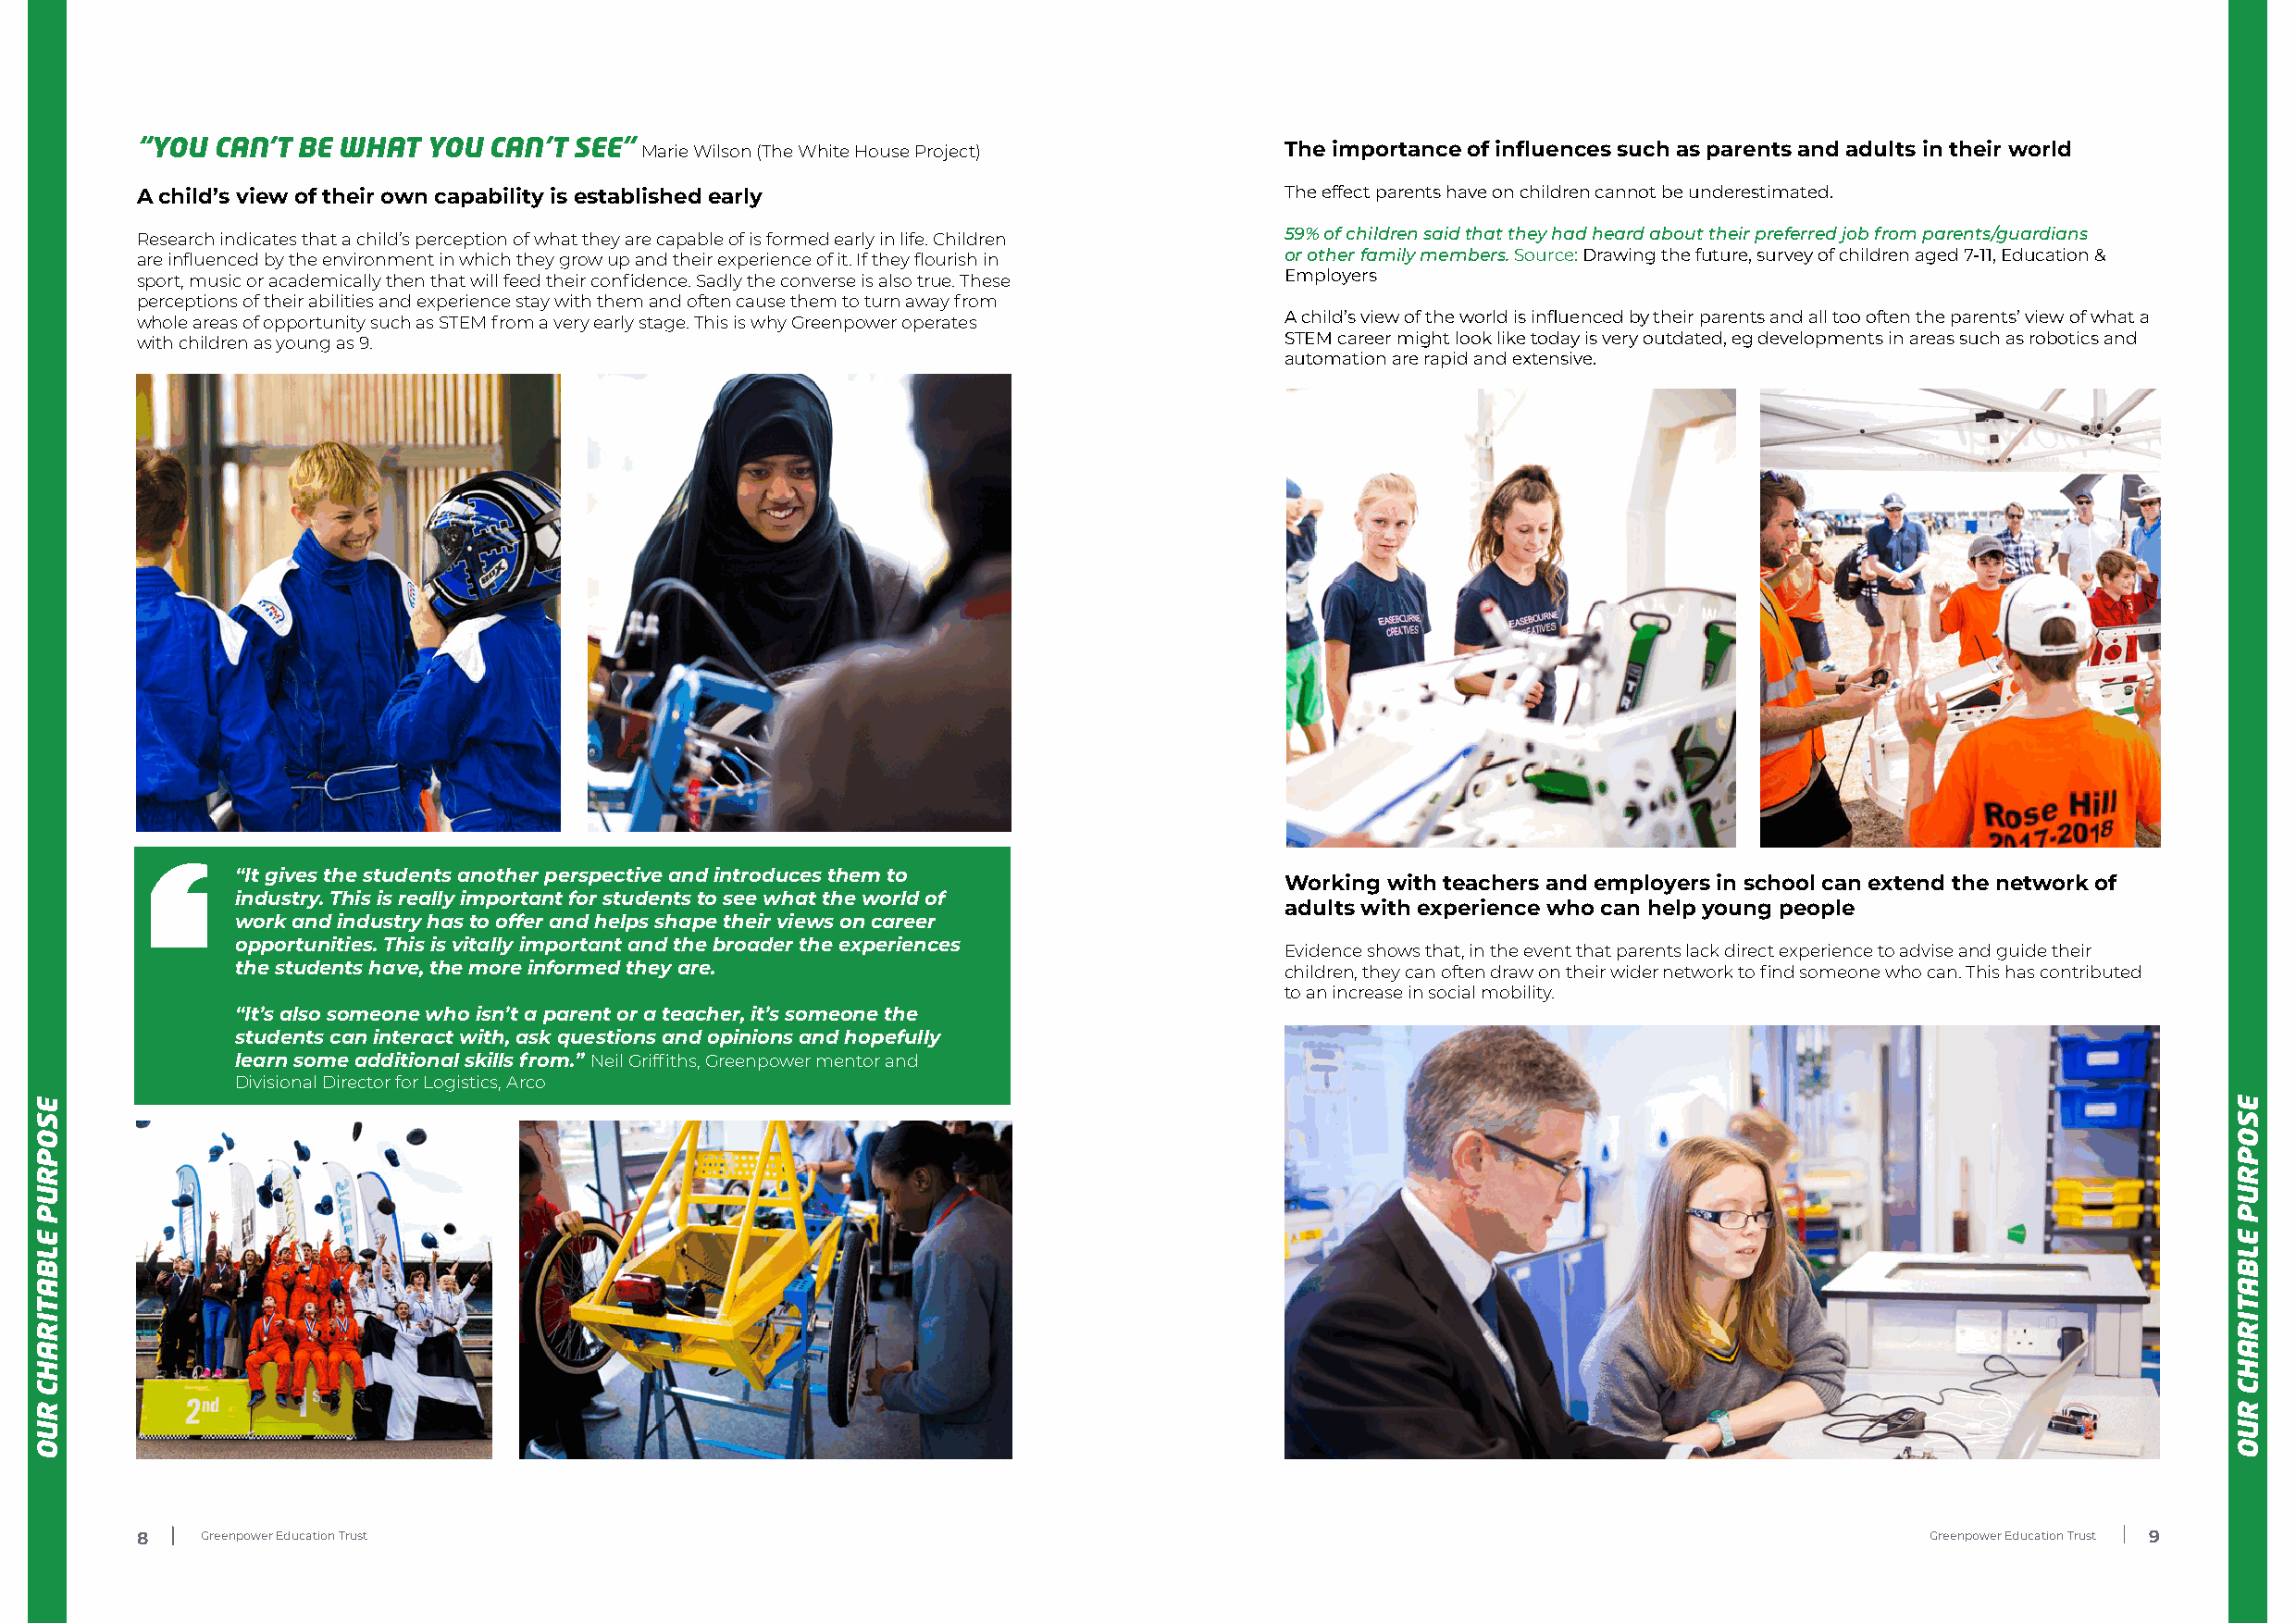
“YOU CAN’T BE WHAT  YOU  CAN’T SEE” Marie Wilson (The White House Project)        The importance of influences such as parents and adults in their world
 A child’s view of their own capability is established early                       The effect parents have on children cannot be underestimated.
 Research indicates that a child’s perception of what they are capable of is formed early in life. Children 59% of children said that they had heard about their preferred job from parents/guardians
 are influenced by the environment in which they grow up and their experience of it. If they flourish in or other family members. Source: Drawing the future, survey of children aged 7-11, Education &
 sport, music or academically then that will feed their confidence. Sadly the converse is also true. These Employers
 perceptions of their abilities and experience stay with them and often cause them to turn away from
 whole areas of opportunity such as STEM from a very early stage. This is why Greenpower operates A child’s view of the world is influenced by their parents and all too often the parents’ view of what a
 with children as young as 9.                                                      STEM career might look like today is very outdated, eg developments in areas such as robotics and
 automation are rapid and extensive.
 “It gives the students another perspective and introduces them to
 Working with teachers and employers in school can extend the network of
 industry. This is really important for students to see what the world of
 adults with experience who can help young people
 work and industry has to offer and helps shape their views on career
 opportunities. This is vitally important and the broader the experiences
 Evidence shows that, in the event that parents lack direct experience to advise and guide their
 the students have, the more informed they are.                             children, they can often draw on their wider network to find someone who can. This has contributed
 to an increase in social mobility.
 “It’s also someone who isn’t a parent or a teacher, it’s someone the
 students can interact with, ask questions and opinions and hopefully
 learn some additional skills from.” Neil Griffiths, Greenpower mentor and
 Divisional Director for Logistics, Arco
 8   Greenpower Education Trust                                                                                                  Greenpower Education Trust 9
 ESOPRUP
 ELBATIRAHC
 RUO
 ESOPRUP
 ELBATIRAHC
 RUO